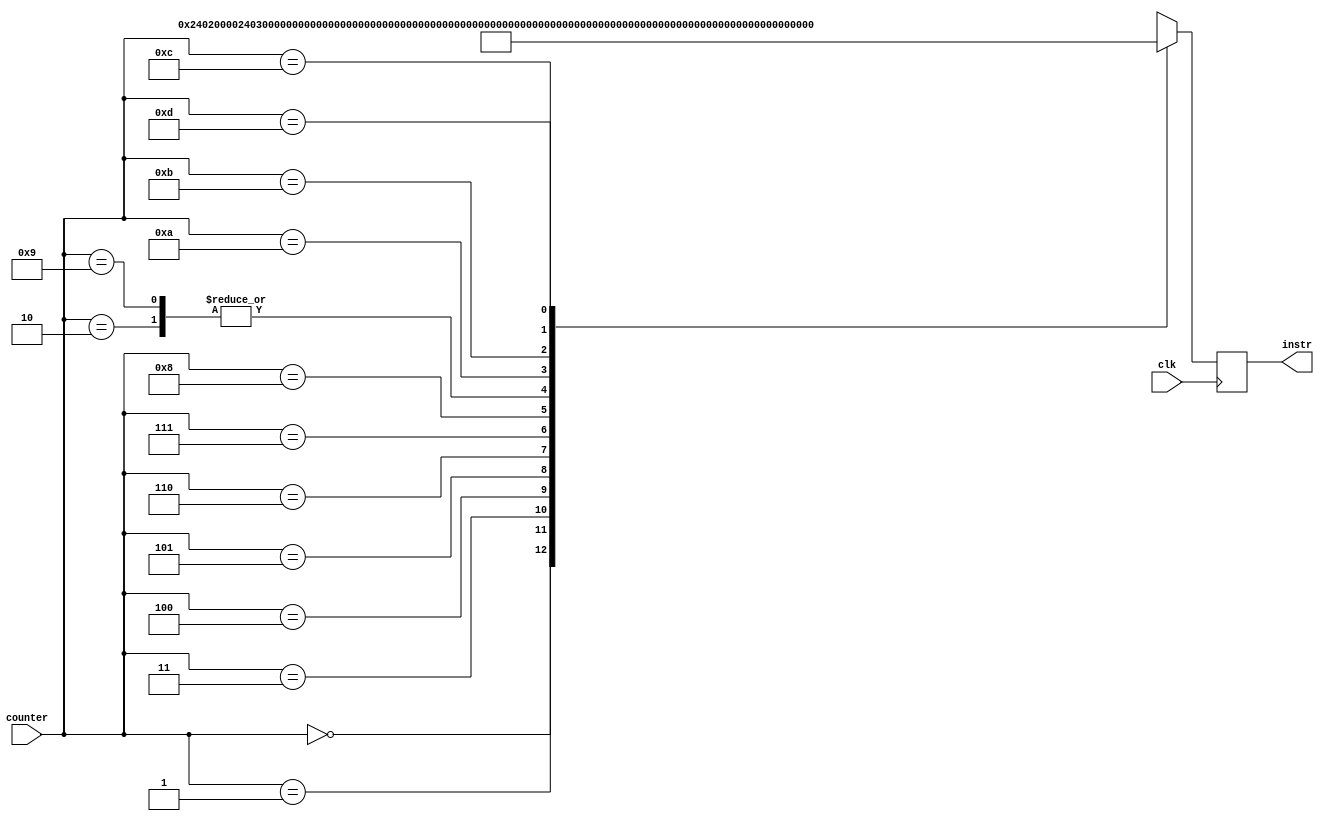
module insmem(clk, counter, instr);

    input clk;
    input [3:0] counter;

    output reg [31:0] instr;

    reg [31:0] insmemory [0:13];

    always @(negedge clk) begin
        instr = insmemory[counter];
    end

    initial begin
        insmemory[0] = 32'b00100100000000100000000000000000;
        insmemory[1] = 32'b00100100000000110000000000000000;
        insmemory[2] = 32'b00000000011000010010000000101010;
        insmemory[3] = 32'b00010000100000000000000000001000;
        insmemory[4] = 32'b00100100000001010000000000001010;
        insmemory[5] = 32'b00010000011001010000000000000110;
        insmemory[6] = 32'b10001100011001100000000000000000;
        insmemory[7] = 32'b00000000010001100001000000100001;
        insmemory[8] = 32'b00100100011000110000000000000001;
        insmemory[9] = 32'b00000000011000010010000000101010;
        insmemory[10] = 32'b00010100100000001111111111111011;
        insmemory[11] = 32'b00000011111000000000000000001000;
        insmemory[12] = 32'b10001100000000010000000000001010;
        insmemory[13] = 32'b00001100000000000000000000000000;
        instr <= insmemory[12];
    end

endmodule